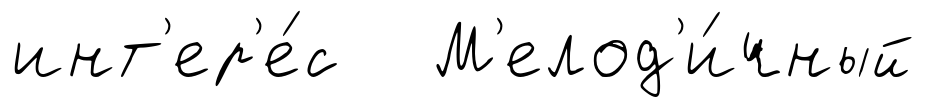
инт'ер'е́с М'елод'и́чный